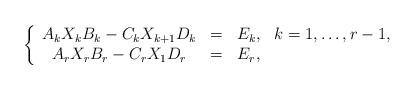
LaTeX: \begin{align*}\left\{\begin{array}{cccc}A_kX_kB_k-C_kX_{k+1}D_k&=&E_k,& k=1,\ldots,r-1,\\A_rX_rB_r-C_rX_1 D_r&=&E_r,\end{array}\right.\end{align*}